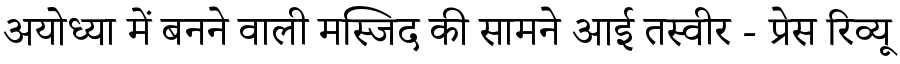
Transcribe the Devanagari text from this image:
अयोध्या में बनने वाली मस्जिद की सामने आई तस्वीर - प्रेस रिव्यू